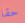
حقا